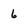
Character: 6